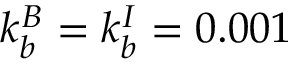
k _ { b } ^ { B } = k _ { b } ^ { I } = 0 . 0 0 1